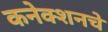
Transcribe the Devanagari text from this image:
कनेक्शनचे